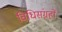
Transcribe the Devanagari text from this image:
विधिसंग्रहों